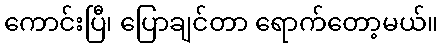
ကောင်းပြီ၊ ပြောချင်တာ ရောက်တော့မယ်။